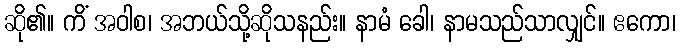
ဆို၏။ ကိံ အဝါစ၊ အဘယ်သို့ဆိုသနည်း။ နာမံ ခေါ၊ နာမသည်သာလျှင်။ ဧကော၊